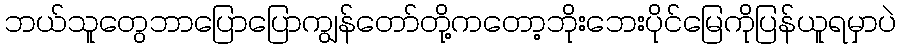
ဘယ်သူတွေဘာပြောပြောကျွန်တော်တို့ကတော့ဘိုးဘေးပိုင်မြေကိုပြန်ယူရမှာပဲ